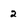
Character: 2